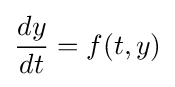
{\frac {dy}{dt}}=f(t,y)